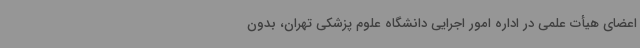
اعضای هیأت علمی در اداره امور اجرایی دانشگاه علوم پزشکی تهران، بدون